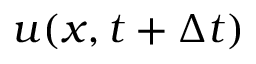
\boldsymbol { u } ( \boldsymbol { x } , t + \Delta { t } )